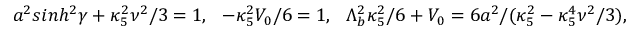
a ^ { 2 } s i n h ^ { 2 } \gamma + \kappa _ { 5 } ^ { 2 } \nu ^ { 2 } / 3 = 1 , ~ ~ - \kappa _ { 5 } ^ { 2 } V _ { 0 } / 6 = 1 , ~ ~ \Lambda _ { b } ^ { 2 } \kappa _ { 5 } ^ { 2 } / 6 + V _ { 0 } = 6 a ^ { 2 } / ( \kappa _ { 5 } ^ { 2 } - \kappa _ { 5 } ^ { 4 } \nu ^ { 2 } / 3 ) ,